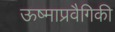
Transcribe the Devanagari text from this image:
ऊष्माप्रवैगिकी